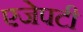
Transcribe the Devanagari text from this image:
एजेपटी